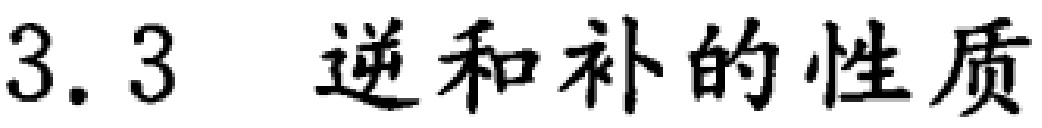
3.3 逆和补的性质